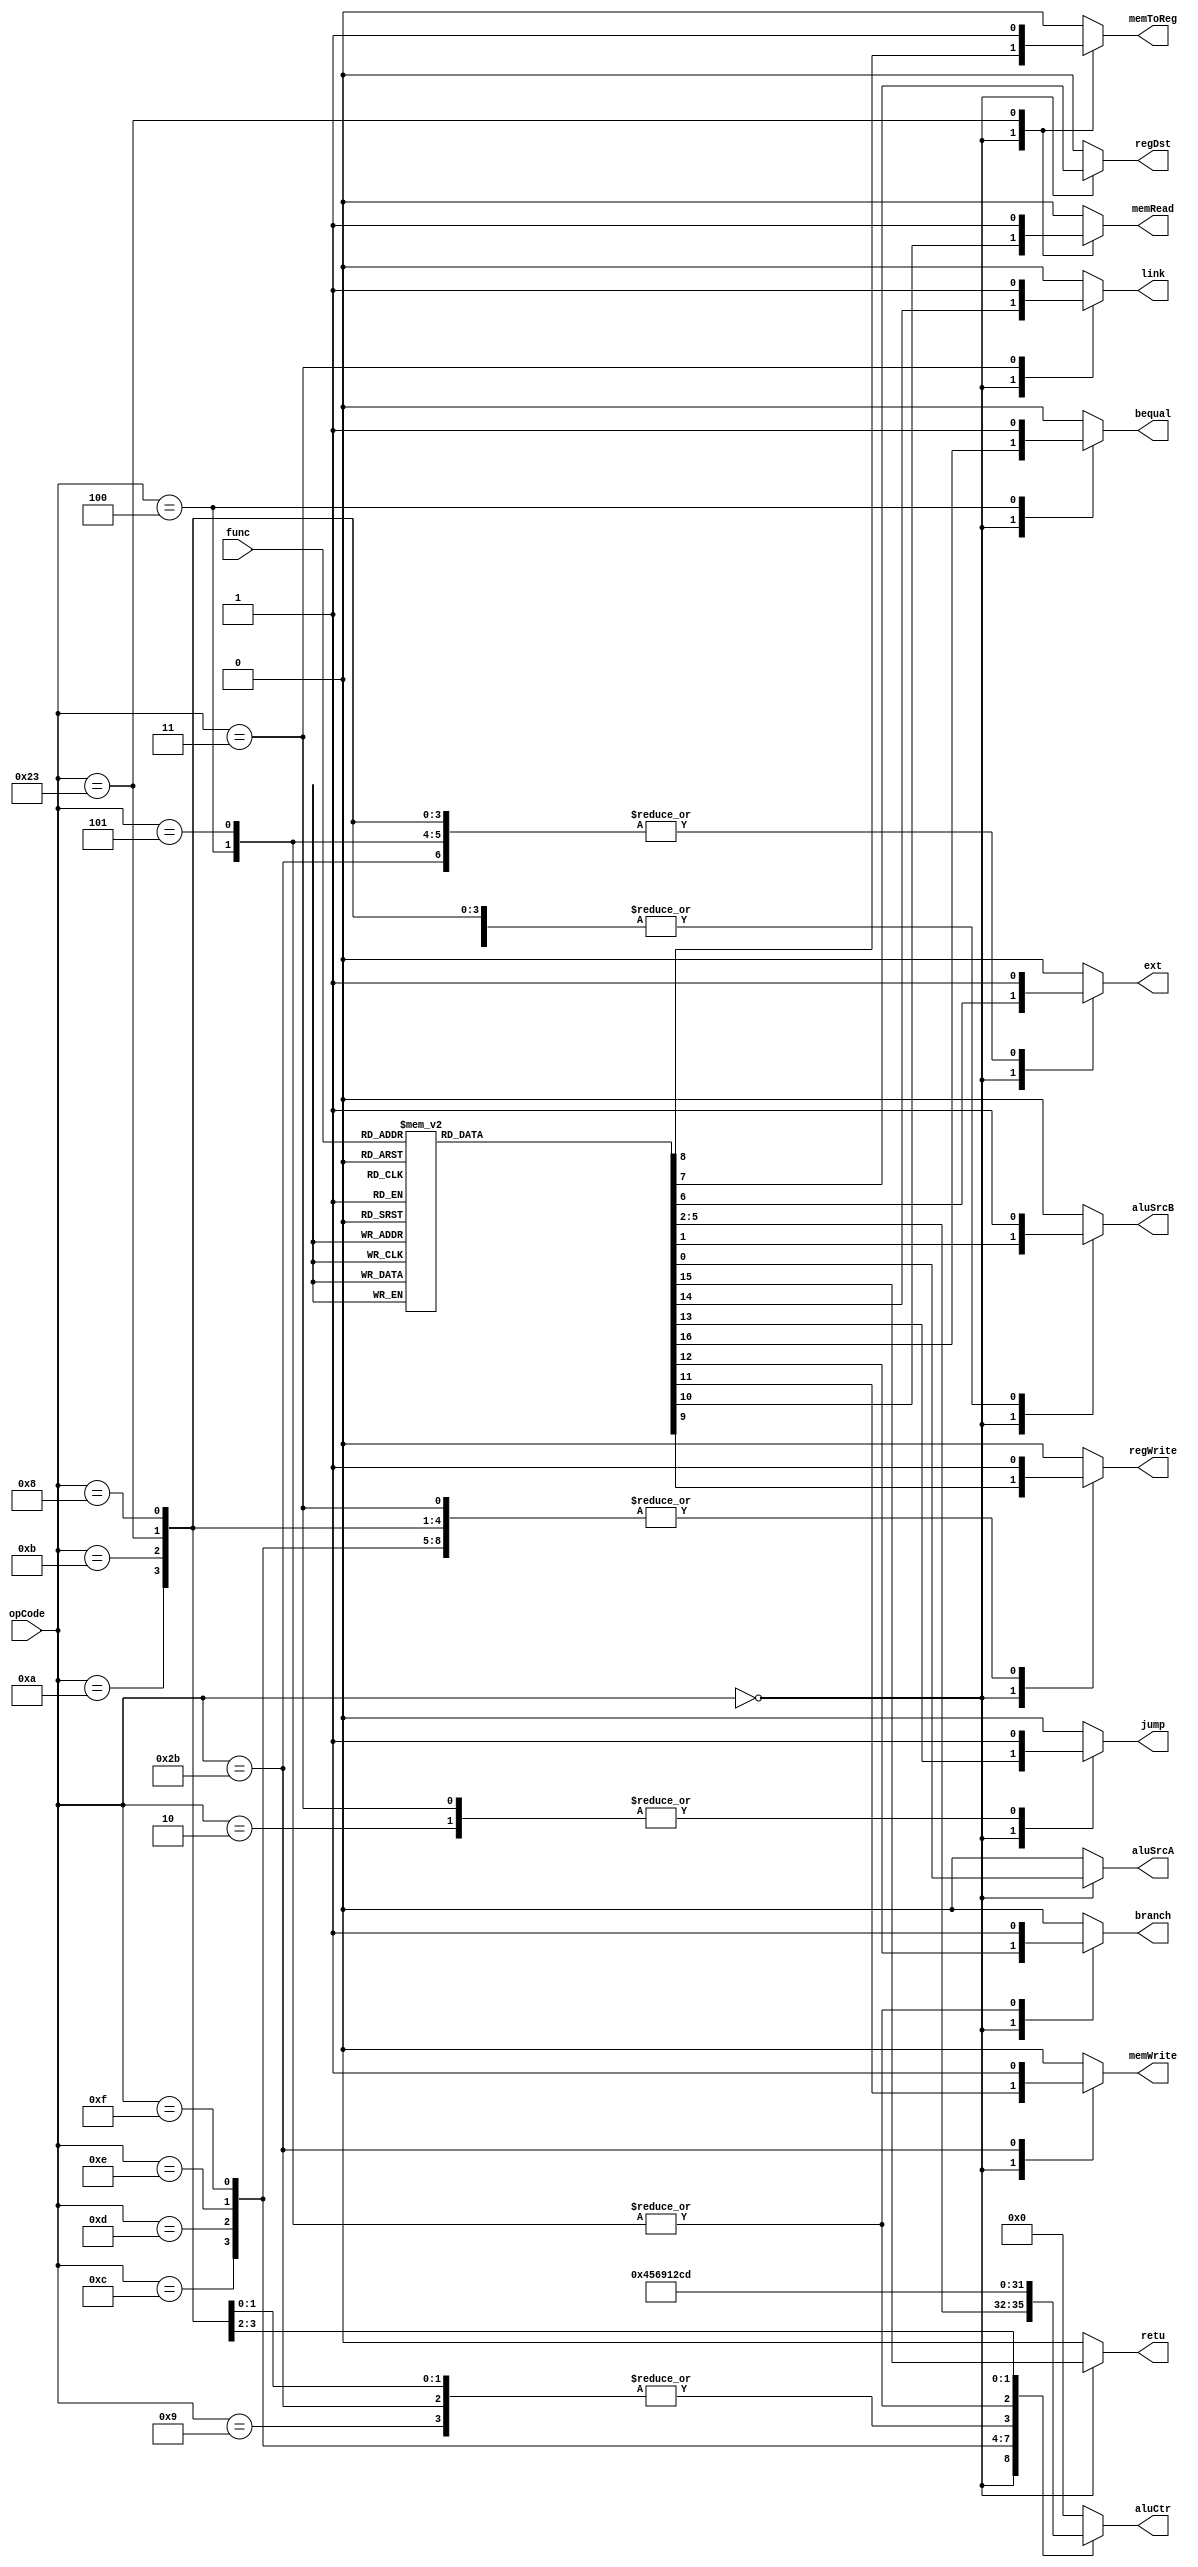
`timescale 1ns / 1ps

module Ctr(
    input [5:0] opCode,
	input [5:0] func,
	
    output reg aluSrcA,
	output reg aluSrcB,
	output reg [3:0] aluCtr,
	output reg ext,
	
	output reg regDst,
    output reg memToReg,
    output reg regWrite,
	
    output reg memRead,
    output reg memWrite,
	
    output reg branch,
	output reg bequal,
    output reg jump,
	output reg link,//jal
	output reg retu//jr
    );
    
    always @(opCode or func)
	begin
		case(opCode)
		//R type
		6'b000000:
		begin
			case(func)
			6'b100000://add
			begin
				aluSrcA = 0;aluSrcB = 0;aluCtr = 4'b0001;ext = 0;
				regDst = 1; memToReg = 0;regWrite = 1;
				memRead = 0;memWrite = 0;
				branch = 0;jump = 0;link = 0;retu = 0;bequal = 0;
			end
			6'b100001://addu
			begin
				aluSrcA = 0;aluSrcB = 0;aluCtr = 4'b0001;ext = 0;
				regDst = 1; memToReg = 0;regWrite = 1;
				memRead = 0;memWrite = 0;
				branch = 0;jump = 0;link = 0;retu = 0;bequal = 0;
			end
			6'b100010://sub
			begin
				aluSrcA = 0;aluSrcB = 0;aluCtr = 4'b0010;ext = 0;
				regDst = 1; memToReg = 0;regWrite = 1;
				memRead = 0;memWrite = 0;
				branch = 0;jump = 0;link = 0;retu = 0;bequal = 0;
			end
			6'b100011://subu
			begin
				aluSrcA = 0;aluSrcB = 0;aluCtr = 4'b0010;ext = 0;
				regDst = 1; memToReg = 0;regWrite = 1;
				memRead = 0;memWrite = 0;
				branch = 0;jump = 0;link = 0;retu = 0;bequal = 0;
			end
			6'b100100://and
			begin
				aluSrcA = 0;aluSrcB = 0;aluCtr = 4'b0100;ext = 0;
				regDst = 1; memToReg = 0;regWrite = 1;
				memRead = 0;memWrite = 0;
				branch = 0;jump = 0;link = 0;retu = 0;bequal = 0;
			end
			6'b100101://or
			begin
				aluSrcA = 0;aluSrcB = 0;aluCtr = 4'b0101;ext = 0;
				regDst = 1; memToReg = 0;regWrite = 1;
				memRead = 0;memWrite = 0;
				branch = 0;jump = 0;link = 0;retu = 0;bequal = 0;
			end
			6'b100110://xor
			begin
				aluSrcA = 0;aluSrcB = 0;aluCtr = 4'b0110;ext = 0;
				regDst = 1; memToReg = 0;regWrite = 1;
				memRead = 0;memWrite = 0;
				branch = 0;jump = 0;link = 0;retu = 0;bequal = 0;
			end
			6'b100111://nor
			begin
				aluSrcA = 0;aluSrcB = 0;aluCtr = 4'b0111;ext = 0;
				regDst = 1; memToReg = 0;regWrite = 1;
				memRead = 0;memWrite = 0;
				branch = 0;jump = 0;link = 0;retu = 0;bequal = 0;
			end
			6'b101010://slt
			begin
				aluSrcA = 0;aluSrcB = 0;aluCtr = 4'b1100;ext = 0;
				regDst = 1; memToReg = 0;regWrite = 1;
				memRead = 0;memWrite = 0;
				branch = 0;jump = 0;link = 0;retu = 0;bequal = 0;
			end
			6'b101011://sltu
			begin
				aluSrcA = 0;aluSrcB = 0;aluCtr = 4'b1101;ext = 0;
				regDst = 1; memToReg = 0;regWrite = 1;
				memRead = 0;memWrite = 0;
				branch = 0;jump = 0;link = 0;retu = 0;bequal = 0;
			end
			6'b000000://sll
			begin
				aluSrcA = 1;aluSrcB = 0;aluCtr = 4'b1000;ext = 0;
				regDst = 1; memToReg = 0;regWrite = 1;
				memRead = 0;memWrite = 0;
				branch = 0;jump = 0;link = 0;retu = 0;bequal = 0;
			end
			6'b000010://srl
			begin
				aluSrcA = 1;aluSrcB = 0;aluCtr = 4'b1010;ext = 0;
				regDst = 1; memToReg = 0;regWrite = 1;
				memRead = 0;memWrite = 0;
				branch = 0;jump = 0;link = 0;retu = 0;bequal = 0;
			end
			6'b000011://sra
			begin
				aluSrcA = 1;aluSrcB = 0;aluCtr = 4'b1011;ext = 0;
				regDst = 1; memToReg = 0;regWrite = 1;
				memRead = 0;memWrite = 0;
				branch = 0;jump = 0;link = 0;retu = 0;bequal = 0;
			end
			6'b000100://sllv
			begin
				aluSrcA = 0;aluSrcB = 0;aluCtr = 4'b1000;ext = 0;
				regDst = 1; memToReg = 0;regWrite = 1;
				memRead = 0;memWrite = 0;
				branch = 0;jump = 0;link = 0;retu = 0;bequal = 0;
			end
			6'b000110://srlv
			begin
				aluSrcA = 0;aluSrcB = 0;aluCtr = 4'b1010;ext = 0;
				regDst = 1; memToReg = 0;regWrite = 1;
				memRead = 0;memWrite = 0;
				branch = 0;jump = 0;link = 0;retu = 0;bequal = 0;
			end
			6'b000111://srav
			begin
				aluSrcA = 0;aluSrcB = 0;aluCtr = 4'b1011;ext = 0;
				regDst = 1; memToReg = 0;regWrite = 1;
				memRead = 0;memWrite = 0;
				branch = 0;jump = 0;link = 0;retu = 0;bequal = 0;
			end
			
			6'b001000://jr
			begin
				aluSrcA = 0;aluSrcB = 0;aluCtr = 4'b1110;ext = 0;
				regDst = 0; memToReg = 0;regWrite = 0;
				memRead = 0;memWrite = 0;
				branch = 0;jump = 0;link = 0;retu = 1;bequal = 0;
			end
			default:
			begin
				aluSrcA = 0;aluSrcB = 0;aluCtr = 4'b0000;ext = 0;
				regDst = 0; memToReg = 0;regWrite = 0;
				memRead = 0;memWrite = 0;
				branch = 0;jump = 0;link = 0;retu = 0;bequal = 0;
			end
			endcase
		end
		
		//I type
		6'b001000://addi
		begin
			aluSrcA = 0;aluSrcB = 1;aluCtr = 4'b0001;ext = 1;
			regDst = 0; memToReg = 0;regWrite = 1;
			memRead = 0;memWrite = 0;
			branch = 0;jump = 0;link = 0;retu = 0;bequal = 0;
		end
		6'b001001://addiu
		begin
			aluSrcA = 0;aluSrcB = 1;aluCtr = 4'b0001;ext = 0;
			regDst = 0; memToReg = 0;regWrite = 1;
			memRead = 0;memWrite = 0;
			branch = 0;jump = 0;link = 0;retu = 0;bequal = 0;
		end
		6'b001100://andi
		begin
			aluSrcA = 0;aluSrcB = 1;aluCtr = 4'b0100;ext = 0;
			regDst = 0; memToReg = 0;regWrite = 1;
			memRead = 0;memWrite = 0;
			branch = 0;jump = 0;link = 0;retu = 0;bequal = 0;
		end
		6'b001101://ori
		begin
			aluSrcA = 0;aluSrcB = 1;aluCtr = 4'b0101;ext = 0;
			regDst = 0; memToReg = 0;regWrite = 1;
			memRead = 0;memWrite = 0;
			branch = 0;jump = 0;link = 0;retu = 0;bequal = 0;
		end
		6'b001110://xori
		begin
			aluSrcA = 0;aluSrcB = 1;aluCtr = 4'b0110;ext = 0;
			regDst = 0; memToReg = 0;regWrite = 1;
			memRead = 0;memWrite = 0;
			branch = 0;jump = 0;link = 0;retu = 0;bequal = 0;
		end
		
		6'b001111://lui
		begin
			aluSrcA = 0;aluSrcB = 1;aluCtr = 4'b1001;ext = 0;
			regDst = 0; memToReg = 0;regWrite = 1;
			memRead = 0;memWrite = 0;
			branch = 0;jump = 0;link = 0;retu = 0;bequal = 0;
		end
		
		6'b100011://lw
		begin
			aluSrcA = 0;aluSrcB = 1;aluCtr = 4'b0001;ext = 1;
			regDst = 0; memToReg = 1;regWrite = 1;
			memRead = 1;memWrite = 0;
			branch = 0;jump = 0;link = 0;retu = 0;bequal = 0;
		end
		6'b101011://sw
		begin
			aluSrcA = 0;aluSrcB = 1;aluCtr = 4'b0001;ext = 1;
			regDst = 0; memToReg = 0;regWrite = 0;
			memRead = 0;memWrite = 1;
			branch = 0;jump = 0;link = 0;retu = 0;bequal = 0;
		end
		
		6'b000100://beq
		begin
			aluSrcA = 0;aluSrcB = 0;aluCtr = 4'b0010;ext = 1;
			regDst = 0; memToReg = 0;regWrite = 0;
			memRead = 0;memWrite = 0;
			branch = 1;jump = 0;link = 0;retu = 0;bequal = 1;
		end
		6'b000101://bne
		begin
			aluSrcA = 0;aluSrcB = 0;aluCtr = 4'b0010;ext = 1;
			regDst = 0; memToReg = 0;regWrite = 0;
			memRead = 0;memWrite = 0;
			branch = 1;jump = 0;link = 0;retu = 0;bequal = 0;
		end
		
		6'b001010://slti
		begin
			aluSrcA = 0;aluSrcB = 1;aluCtr = 4'b1100;ext = 1;
			regDst = 0; memToReg = 0;regWrite = 1;
			memRead = 0;memWrite = 0;
			branch = 0;jump = 0;link = 0;retu = 0;bequal = 0;
		end
		6'b001011://sltiu
		begin
			aluSrcA = 0;aluSrcB = 1;aluCtr = 4'b1101;ext = 1;
			regDst = 0; memToReg = 0;regWrite = 1;
			memRead = 0;memWrite = 0;
			branch = 0;jump = 0;link = 0;retu = 0;bequal = 0;
		end
		
		//J type
		6'b000010://j
		begin
			aluSrcA = 0;aluSrcB = 0;aluCtr = 0;ext = 0;
			regDst = 0; memToReg = 0;regWrite = 0;
			memRead = 0;memWrite = 0;
			branch = 0;jump = 1;link = 0;retu = 0;bequal = 0;
		end
		6'b000011://jal
		begin
			aluSrcA = 0;aluSrcB = 0;aluCtr = 0;ext = 0;
			regDst = 0; memToReg = 0;regWrite = 1;
			memRead = 0;memWrite = 0;
			branch = 0;jump = 1;link = 1;retu = 0;bequal = 0;
		end
		
		default:
		begin
			aluSrcA = 0;aluSrcB = 0;aluCtr = 0;ext = 0;
			regDst = 0; memToReg = 0;regWrite = 0;
			memRead = 0;memWrite = 0;
			branch = 0;jump = 0;link = 0;retu = 0;bequal = 0;
		end
	   endcase
    end
    
endmodule